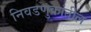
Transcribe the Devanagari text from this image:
निवडणुकांतील